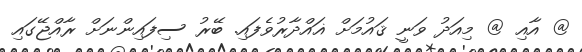
@ އާއި @ މިއަދު ވަނީ ޤައުމަށް ޣައްދާރުވެފައި. ބޭރު ސިފައިންނަށް ރާއްޖޭގައި